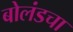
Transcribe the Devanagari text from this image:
बोलंडचा